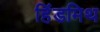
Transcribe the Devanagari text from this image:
हिंडमिथ